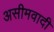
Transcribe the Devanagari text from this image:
असीमवादी